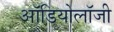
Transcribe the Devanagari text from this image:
ऑडियोलॉजी